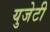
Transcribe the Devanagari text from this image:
युजेटी